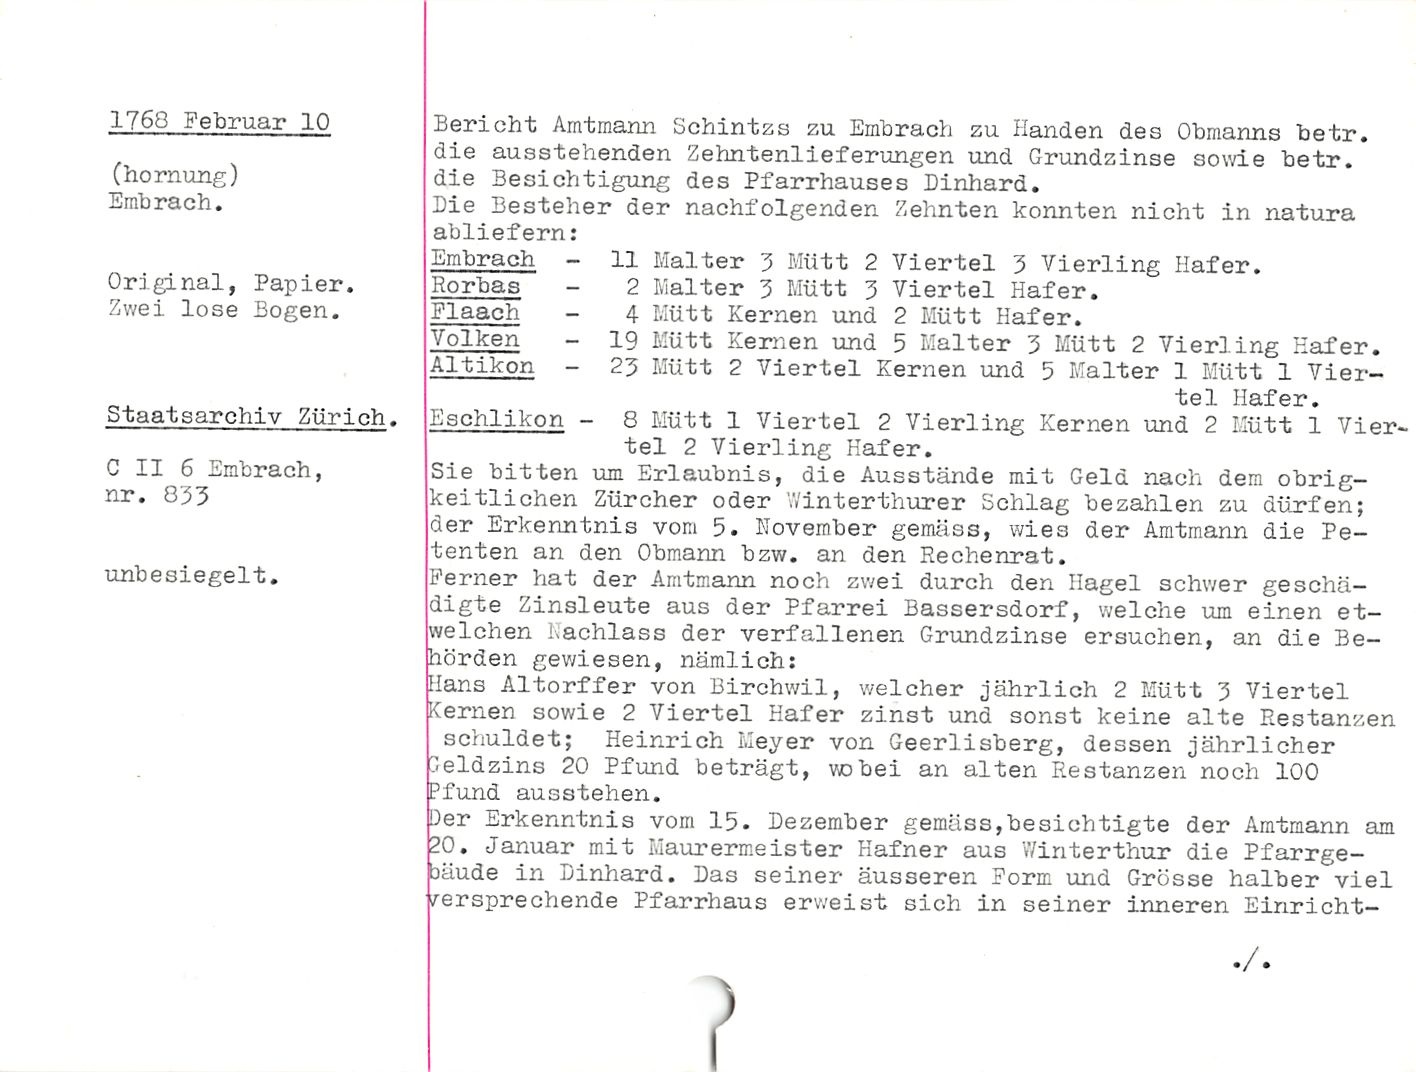
1760 Februar 10

(hornung)

Embrach.

Original, Papier.
Zwei lose Bogen.

Staatsarchiv Zürich.

C II 6 Embrach,
nr. 853

unbesiegelt.

Embrach -

Rorbas

Flaach

11 Malter 5 Mütt 2
2 Malter Z Mütt 5
4 Mütt Kernen und

Volken

Altikon -

Eschlikon -

Bericht Amtmann Schintzs zu Embrach zu Händen des Obmanns betr.
die ausstehenden Zehntenlieferungen und Grundzinse sowie betr.
die Besichtigung des Pfarrhauses Dinhard.

Die Besteller der nachfolgenden Zehnten konnten nicht in natura
abliefern:

Viertel 5 Vierling Hafer.

Viertel Hafer.

2 Mütt Hafer.

19 Mütt Kernen und 5 Malter 3 Mütt 2 Vierling Hafer.
23 Mütt 2 Viertel Kernen und 5 Malter 1 Mütt 1 Vier¬
tel Hafer.

8 Mütt 1 Viertel 2 Vierling Kernen und 2 Mütt 1 Vier¬
tel 2 Vierling Hafer.

Sie bitten um Erlaubnis, die Ausstände mit Geld nach dem obrig¬
keitlichen Zürcher oder Winterthurer Schlag bezahlen zu dürfen;
der Erkenntnis vom 5. November gemäss, wies der Amtmann die Pe¬
tenten an den Obmann bzw. an den Rechenrat.

Ferner hat der Amtmann noch zwei durch den Hagel schwer geschä¬
digte Zinsleute aus der Pfarrei Bassersdorf, welche um einen et-
welchen Nachlass der verfallenen Grundzinse ersuchen, an die Be¬
hörden gewiesen, nämlich:

•Ians Altorffer von Birchwil, welcher jährlich 2 Mütt 3 Viertel
(ernen sowie 2 Viertel Hafer zinst und sonst keine alte Restanzen
schuldet; Heinrich Meyer von Geerlisberg, dessen jährlicher
Geldzins 20 Pfund beträgt, wobei an alten Restanzen noch 100
Pfund ausstehen.

Oer Erkenntnis vom 15. Dezember gemäss,besichtigte der Amtmann am
20. Januar mit Maurermeister Hafner aus Winterthur die Pfarrge-
bäude in Dinhard. Das seiner äusseren Form und Grösse halber viel
versprechende Pfarrhaus erweist sich in seiner inneren Einricht-

'